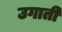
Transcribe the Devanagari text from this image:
उगाती